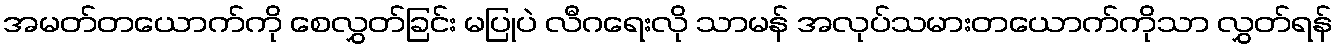
အမတ်တယောက်ကို စေလွှတ်ခြင်း မပြုပဲ လီဂရေးလို သာမန် အလုပ်သမားတယောက်ကိုသာ လွှတ်ရန်